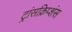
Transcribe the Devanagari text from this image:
ट्रांसक्रिप्शंस